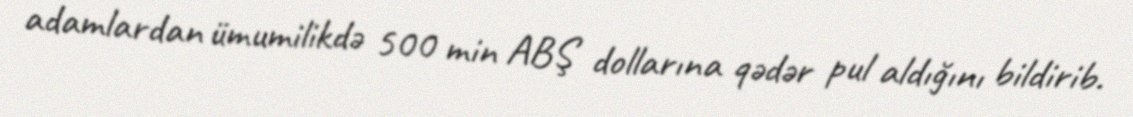
adamlardan ümumilikdə 500 min ABŞ dollarına qədər pul aldığını bildirib.